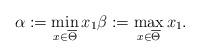
LaTeX: \begin{align*}\alpha:=\min\limits_{x\in\overline{\Theta}}x_{1}\beta:=\max\limits_{x\in\overline{\Theta}}x_{1}.\end{align*}